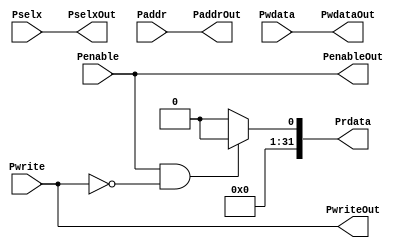
/* Name: Akshaya Adlakha
   Batch: DI 18
   ---------------APB SLAVE---------------
                                      
                                     Date:23/02/2022
RTL code:                                           */

module apb_slave(input Pwrite,Penable,
                 input [2:0]Pselx,
                 input [31:0] Paddr,Pwdata,
                 output PwriteOut,PenableOut,
                 output [2:0]PselxOut,
                 output [31:0] PaddrOut,PwdataOut,
                 output reg [31:0]Prdata);

assign PwriteOut= Pwrite;
assign PenableOut=Penable;
assign PselxOut=Pselx;
assign PaddrOut=Paddr;
assign PwdataOut=Pwdata;

always@(*)
  begin
   if(Penable && ~Pwrite)
   Prdata=$urandom;
   else
   Prdata=32'd0;
  end
endmodule